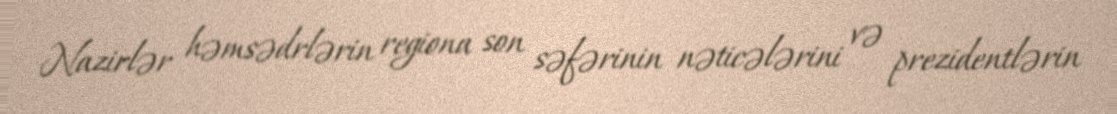
Nazirlər həmsədrlərin regiona son səfərinin nəticələrini və prezidentlərin